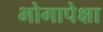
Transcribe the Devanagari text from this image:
भोगापेक्षा